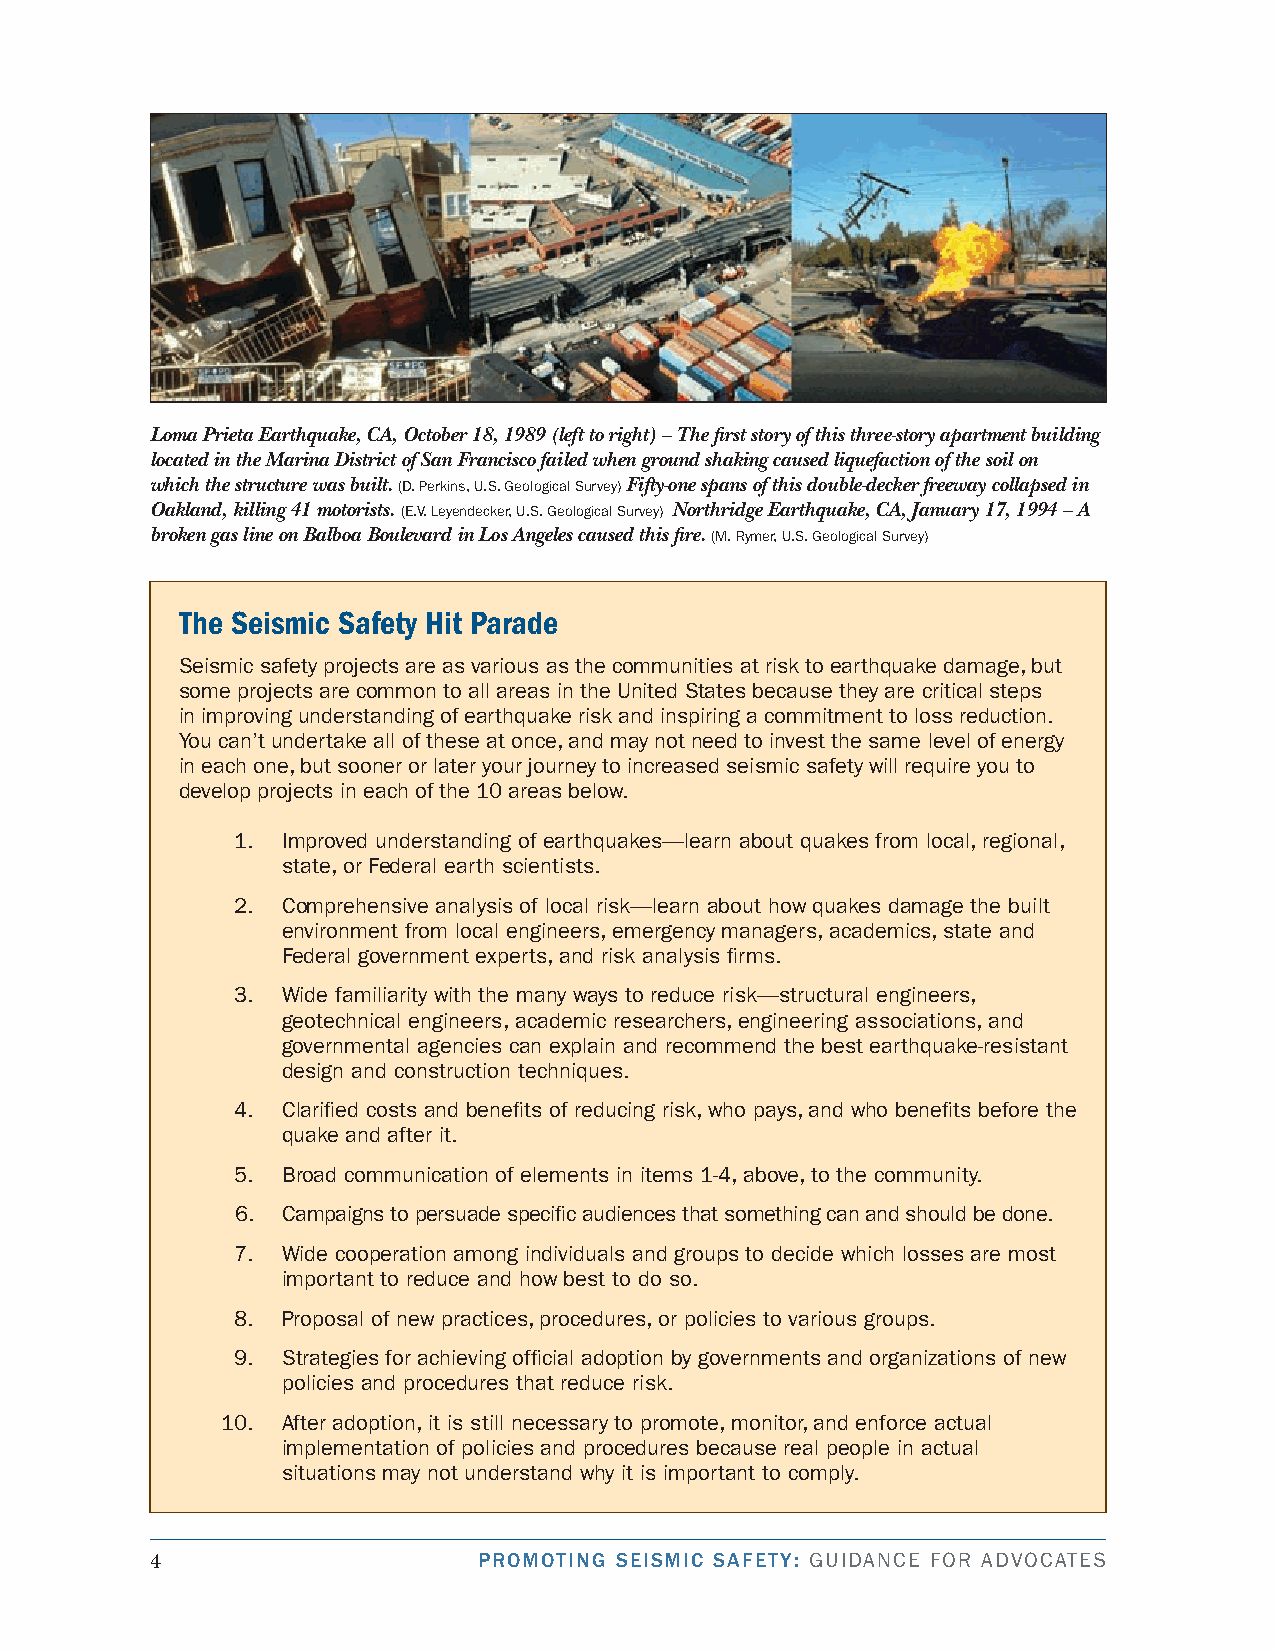
Loma Prieta Earthquake, CA, October 18, 1989 (left to right) – The first story of this three-story apartment building
 located in the Marina District of San Francisco failed when ground shaking caused liquefaction of the soil on
 which the structure was built. (d. Perkins, u.s. Geological survey) Fifty-one spans of this double-decker freeway collapsed in
 Oakland, killing 41 motorists. (e.v. Leyendecker, u.s. Geological survey) Northridge Earthquake, CA, January 17, 1994 – A
 broken gas line on Balboa Boulevard in Los Angeles caused this fire. (M. rymer, u.s. Geological survey)
 The Seismic Safety Hit Parade
 seismic safety projects are as various as the communities at risk to earthquake damage, but
 some projects are common to all areas in the united states because they are critical steps
 in improving understanding of earthquake risk and inspiring a commitment to loss reduction.
 You can’t undertake all of these at once, and may not need to invest the same level of energy
 in each one, but sooner or later your journey to increased seismic safety will require you to
 develop projects in each of the 10 areas below.
 1. improved understanding of earthquakes—learn about quakes from local, regional,
 state, or federal earth scientists.
 2. comprehensive analysis of local risk—learn about how quakes damage the built
 environment from local engineers, emergency managers, academics, state and
 federal government experts, and risk analysis firms.
 3. Wide familiarity with the many ways to reduce risk—structural engineers,
 geotechnical engineers, academic researchers, engineering associations, and
 governmental agencies can explain and recommend the best earthquake-resistant
 design and construction techniques.
 4. clarified costs and benefits of reducing risk, who pays, and who benefits before the
 quake and after it.
 5. broad communication of elements in items 1-4, above, to the community.
 6. campaigns to persuade specific audiences that something can and should be done.
 7. Wide cooperation among individuals and groups to decide which losses are most
 important to reduce and how best to do so.
 8. Proposal of new practices, procedures, or policies to various groups.
 9. strategies for achieving official adoption by governments and organizations of new
 policies and procedures that reduce risk.
 10. After adoption, it is still necessary to promote, monitor, and enforce actual
 implementation of policies and procedures because real people in actual
 situations may not understand why it is important to comply.
 4                     PROMOTING SEISMIC SAFETY: GuidAnce for AdvocAtes